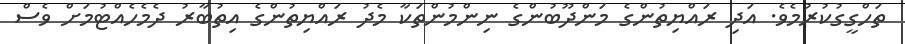
ތަހްގީގުކުރުމެވެ. އަދި ރައްޔިތުންގެ މަންދޫބުންގެ ނިންމުންތަކާ މެދު ރައްޔިތުންގެ އިތުބާރު ދެމެހެއްޓުމަށް ވެސް